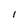
Character: I